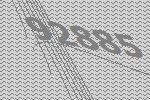
92885